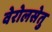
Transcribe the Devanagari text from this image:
वेरोलसेतु